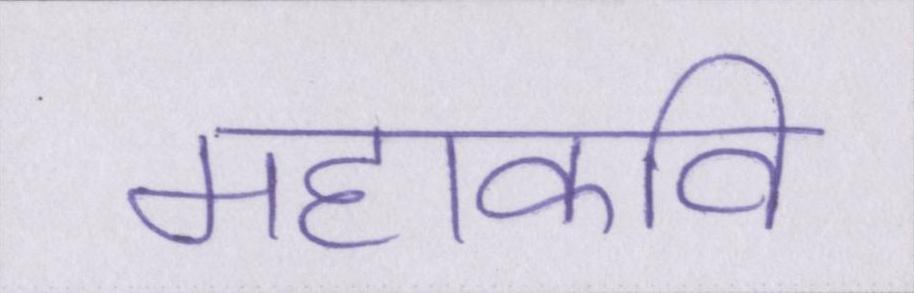
महाकवि